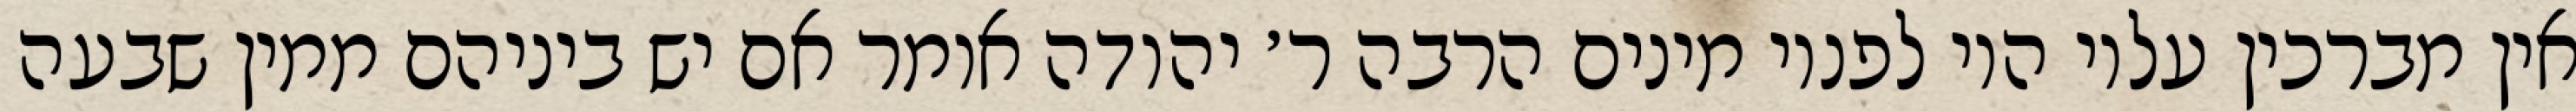
אין מברכין עליו היו לפניו מינים הרבה ר׳ יהודה אומר אם יש ביניהם ממין שבעה